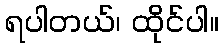
ရပါတယ်၊ ထိုင်ပါ။